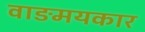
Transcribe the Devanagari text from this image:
वाङमयकार